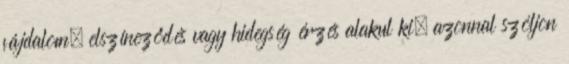
fájdalom, elszíneződés vagy hidegség érzés alakul ki, azonnal szóljon